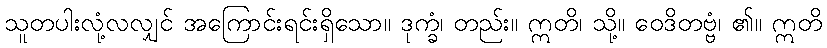
သူတပါးလုံ့လလျှင် အကြောင်းရင်းရှိသော။ ဒုက္ခံ၊ တည်း။ ဣတိ၊ သို့။ ဝေဒိတဗ္ဗံ၊ ၏။ ဣတိ